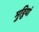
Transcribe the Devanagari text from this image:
मुट्ठियां